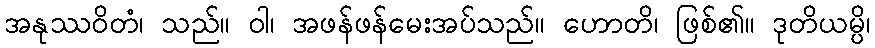
အနုဿဝိတံ၊ သည်။ ဝါ၊ အဖန်ဖန်မေးအပ်သည်။ ဟောတိ၊ ဖြစ်၏။ ဒုတိယမ္ပိ၊